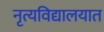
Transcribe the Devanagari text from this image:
नृत्यविद्यालयात